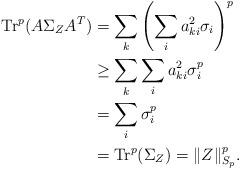
LaTeX: \begin{align*}\textup{Tr}^{p}(A\Sigma_{Z}A^{T}) &= \sum_{k}\left(\sum_{i}a^{2}_{ki}\sigma_{i}\right)^{p} \\&\geq \sum_{k}\sum_{i}a^{2}_{ki}\sigma^{p}_{i}\\&=\sum_{i}\sigma^{p}_{i}\\&=\textup{Tr}^{p}(\Sigma_{Z})=\|Z\|^{p}_{S_{p}}.\end{align*}